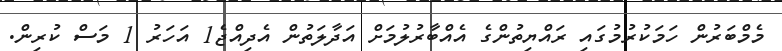
މެމްބަރުން ހަމަކުރުމުގައި ރައްޔިތުންގެ އެއްބާރުލުމަށް އަދާލަތުން އެދިއްޖެ1 އަހަރު 1 މަސް ކުރިން.